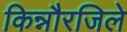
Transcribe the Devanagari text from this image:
किन्नौरजिले